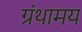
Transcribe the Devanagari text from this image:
ग्रंथामय